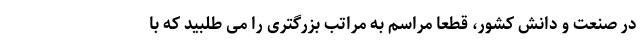
در صنعت و دانش کشور، قطعا مراسم به مراتب بزرگتری را می طلبید که با